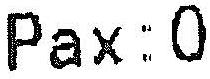
PAX:0